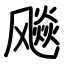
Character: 飚